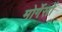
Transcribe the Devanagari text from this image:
मोर्गेसों